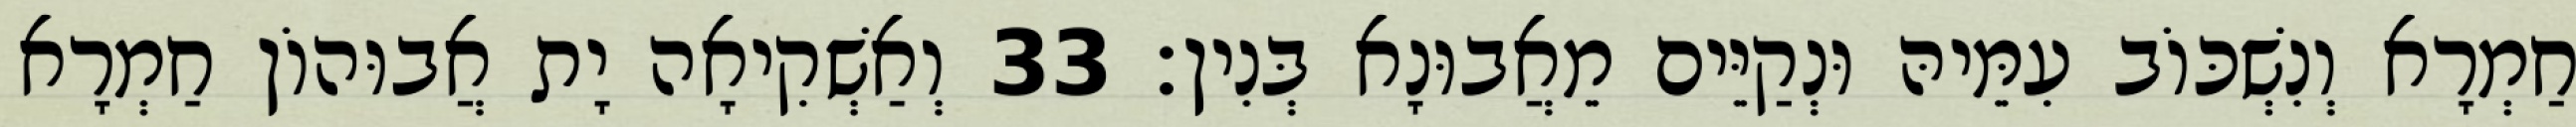
חַמְרָא וְנִשְׁכּוֹב עִמֵּיהּ וּנְקַיֵּים מֵאֲבוּנָא בְּנִין׃ 33 וְאַשְׁקִיאָה יָת אֲבוּהוֹן חַמְרָא